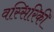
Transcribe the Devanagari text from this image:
वस्सिरिकी